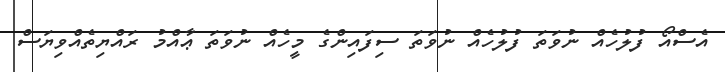
އެސްއޯ ފުލުހެއް ނުވަތަ ފުލުހެއް ނުވަތަ ސިފައިންގެ މީހެއް ނުވަތަ ޢާއްމު ރައްޔިތެއްވިޔަސް